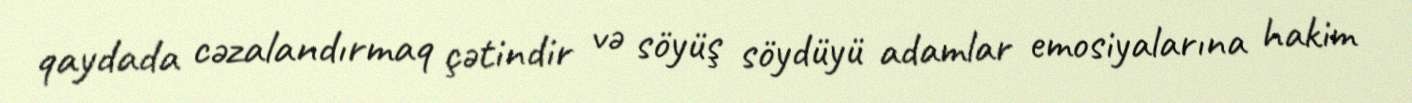
qaydada cəzalandırmaq çətindir və söyüş söydüyü adamlar emosiyalarına hakim